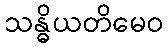
သန္ဓိယတိမေဝ